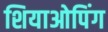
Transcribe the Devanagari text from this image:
शियाओपिंग